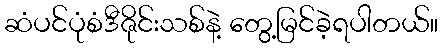
ဆံပင်ပုံစံဒီဇိုင်းသစ်နဲ့ တွေ့မြင်ခဲ့ရပါတယ်။